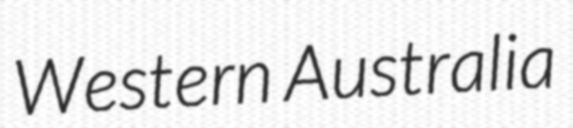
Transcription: Western Australia